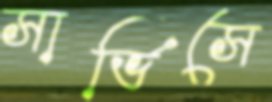
সার্ভিসে